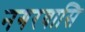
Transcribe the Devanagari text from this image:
नगरवासि